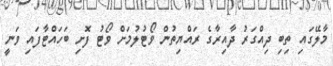
މާލޭގައި ތިބި ދިއްގަރު ދާއިރާގެ ރައްޔިތުން ވޯޓުލުމަށް ވޯޓު ފޮށި ބަހައްޓާފައި ވަނީ